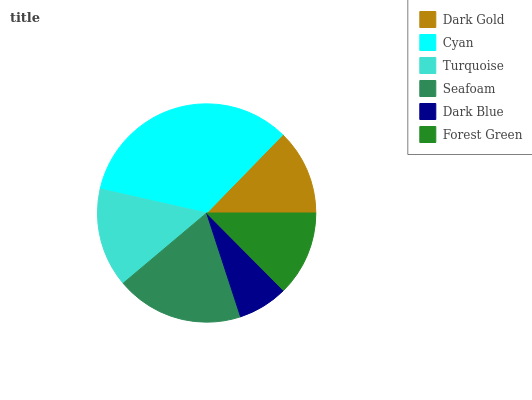
| Dark Gold | Cyan | Turquoise | Seafoam | Dark Blue | Forest Green |
 | --- | --- | --- | --- | --- | --- |
 | 12.7% | 33.7% | 14.7% | 18.9% | 7.41% | 12.6% |